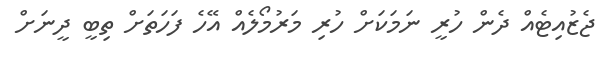
ޖެޒުއިޓެއް ދެން ހުރީ ނަމަކަށް ހުރި މަރުމޯލެއް އޭހެ ފަހަތަށް ތިބީ ދީނަށް